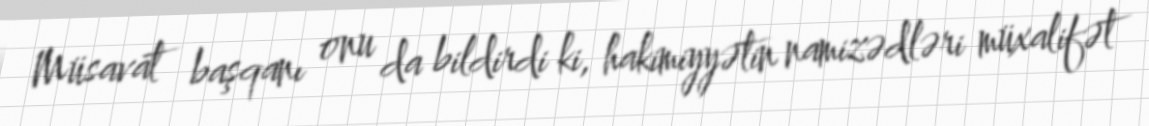
Müsavat başqanı onu da bildirdi ki, hakimiyyətin namizədləri müxalifət